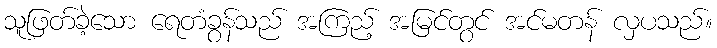
သူဖြတ်ခဲ့သော ရေတံခွန်သည် အကြည့် အမြင်တွင် အင်မတန် လှပသည်။